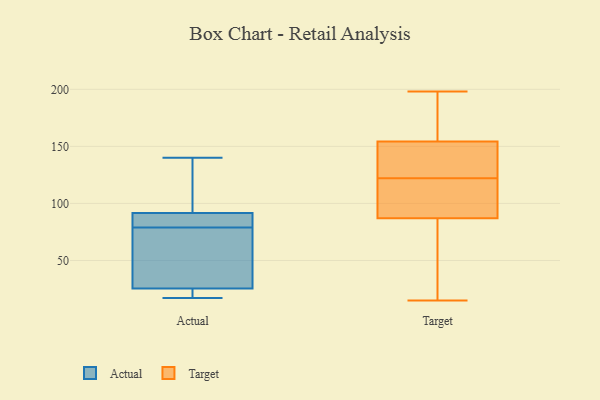
{"axis": {"x": "Backlog", "y": "Value"}, "legend": ["Actual", "Target"], "data": [{"x": "", "y": 103, "type": "Actual"}, {"x": "", "y": 90, "type": "Actual"}, {"x": "", "y": 21, "type": "Actual"}, {"x": "", "y": 88, "type": "Actual"}, {"x": "", "y": 96, "type": "Actual"}, {"x": "", "y": 17, "type": "Actual"}, {"x": "", "y": 18, "type": "Actual"}, {"x": "", "y": 79, "type": "Actual"}, {"x": "", "y": 27, "type": "Actual"}, {"x": "", "y": 34, "type": "Actual"}, {"x": "", "y": 140, "type": "Actual"}, {"x": "", "y": 88, "type": "Actual"}, {"x": "", "y": 55, "type": "Actual"}, {"x": "", "y": 146, "type": "Target"}, {"x": "", "y": 15, "type": "Target"}, {"x": "", "y": 99, "type": "Target"}, {"x": "", "y": 152, "type": "Target"}, {"x": "", "y": 112, "type": "Target"}, {"x": "", "y": 83, "type": "Target"}, {"x": "", "y": 111, "type": "Target"}, {"x": "", "y": 43, "type": "Target"}, {"x": "", "y": 53, "type": "Target"}, {"x": "", "y": 122, "type": "Target"}, {"x": "", "y": 198, "type": "Target"}, {"x": "", "y": 106, "type": "Target"}, {"x": "", "y": 167, "type": "Target"}, {"x": "", "y": 71, "type": "Target"}, {"x": "", "y": 194, "type": "Target"}, {"x": "", "y": 135, "type": "Target"}, {"x": "", "y": 179, "type": "Target"}, {"x": "", "y": 145, "type": "Target"}, {"x": "", "y": 155, "type": "Target"}]}